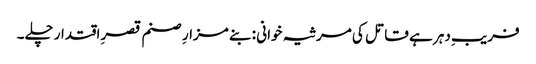
فریبِ دہر ہے قاتل کی مرثیہ خوانی : بنے مزارِ صنم قصرِ اقتدار چلے۔